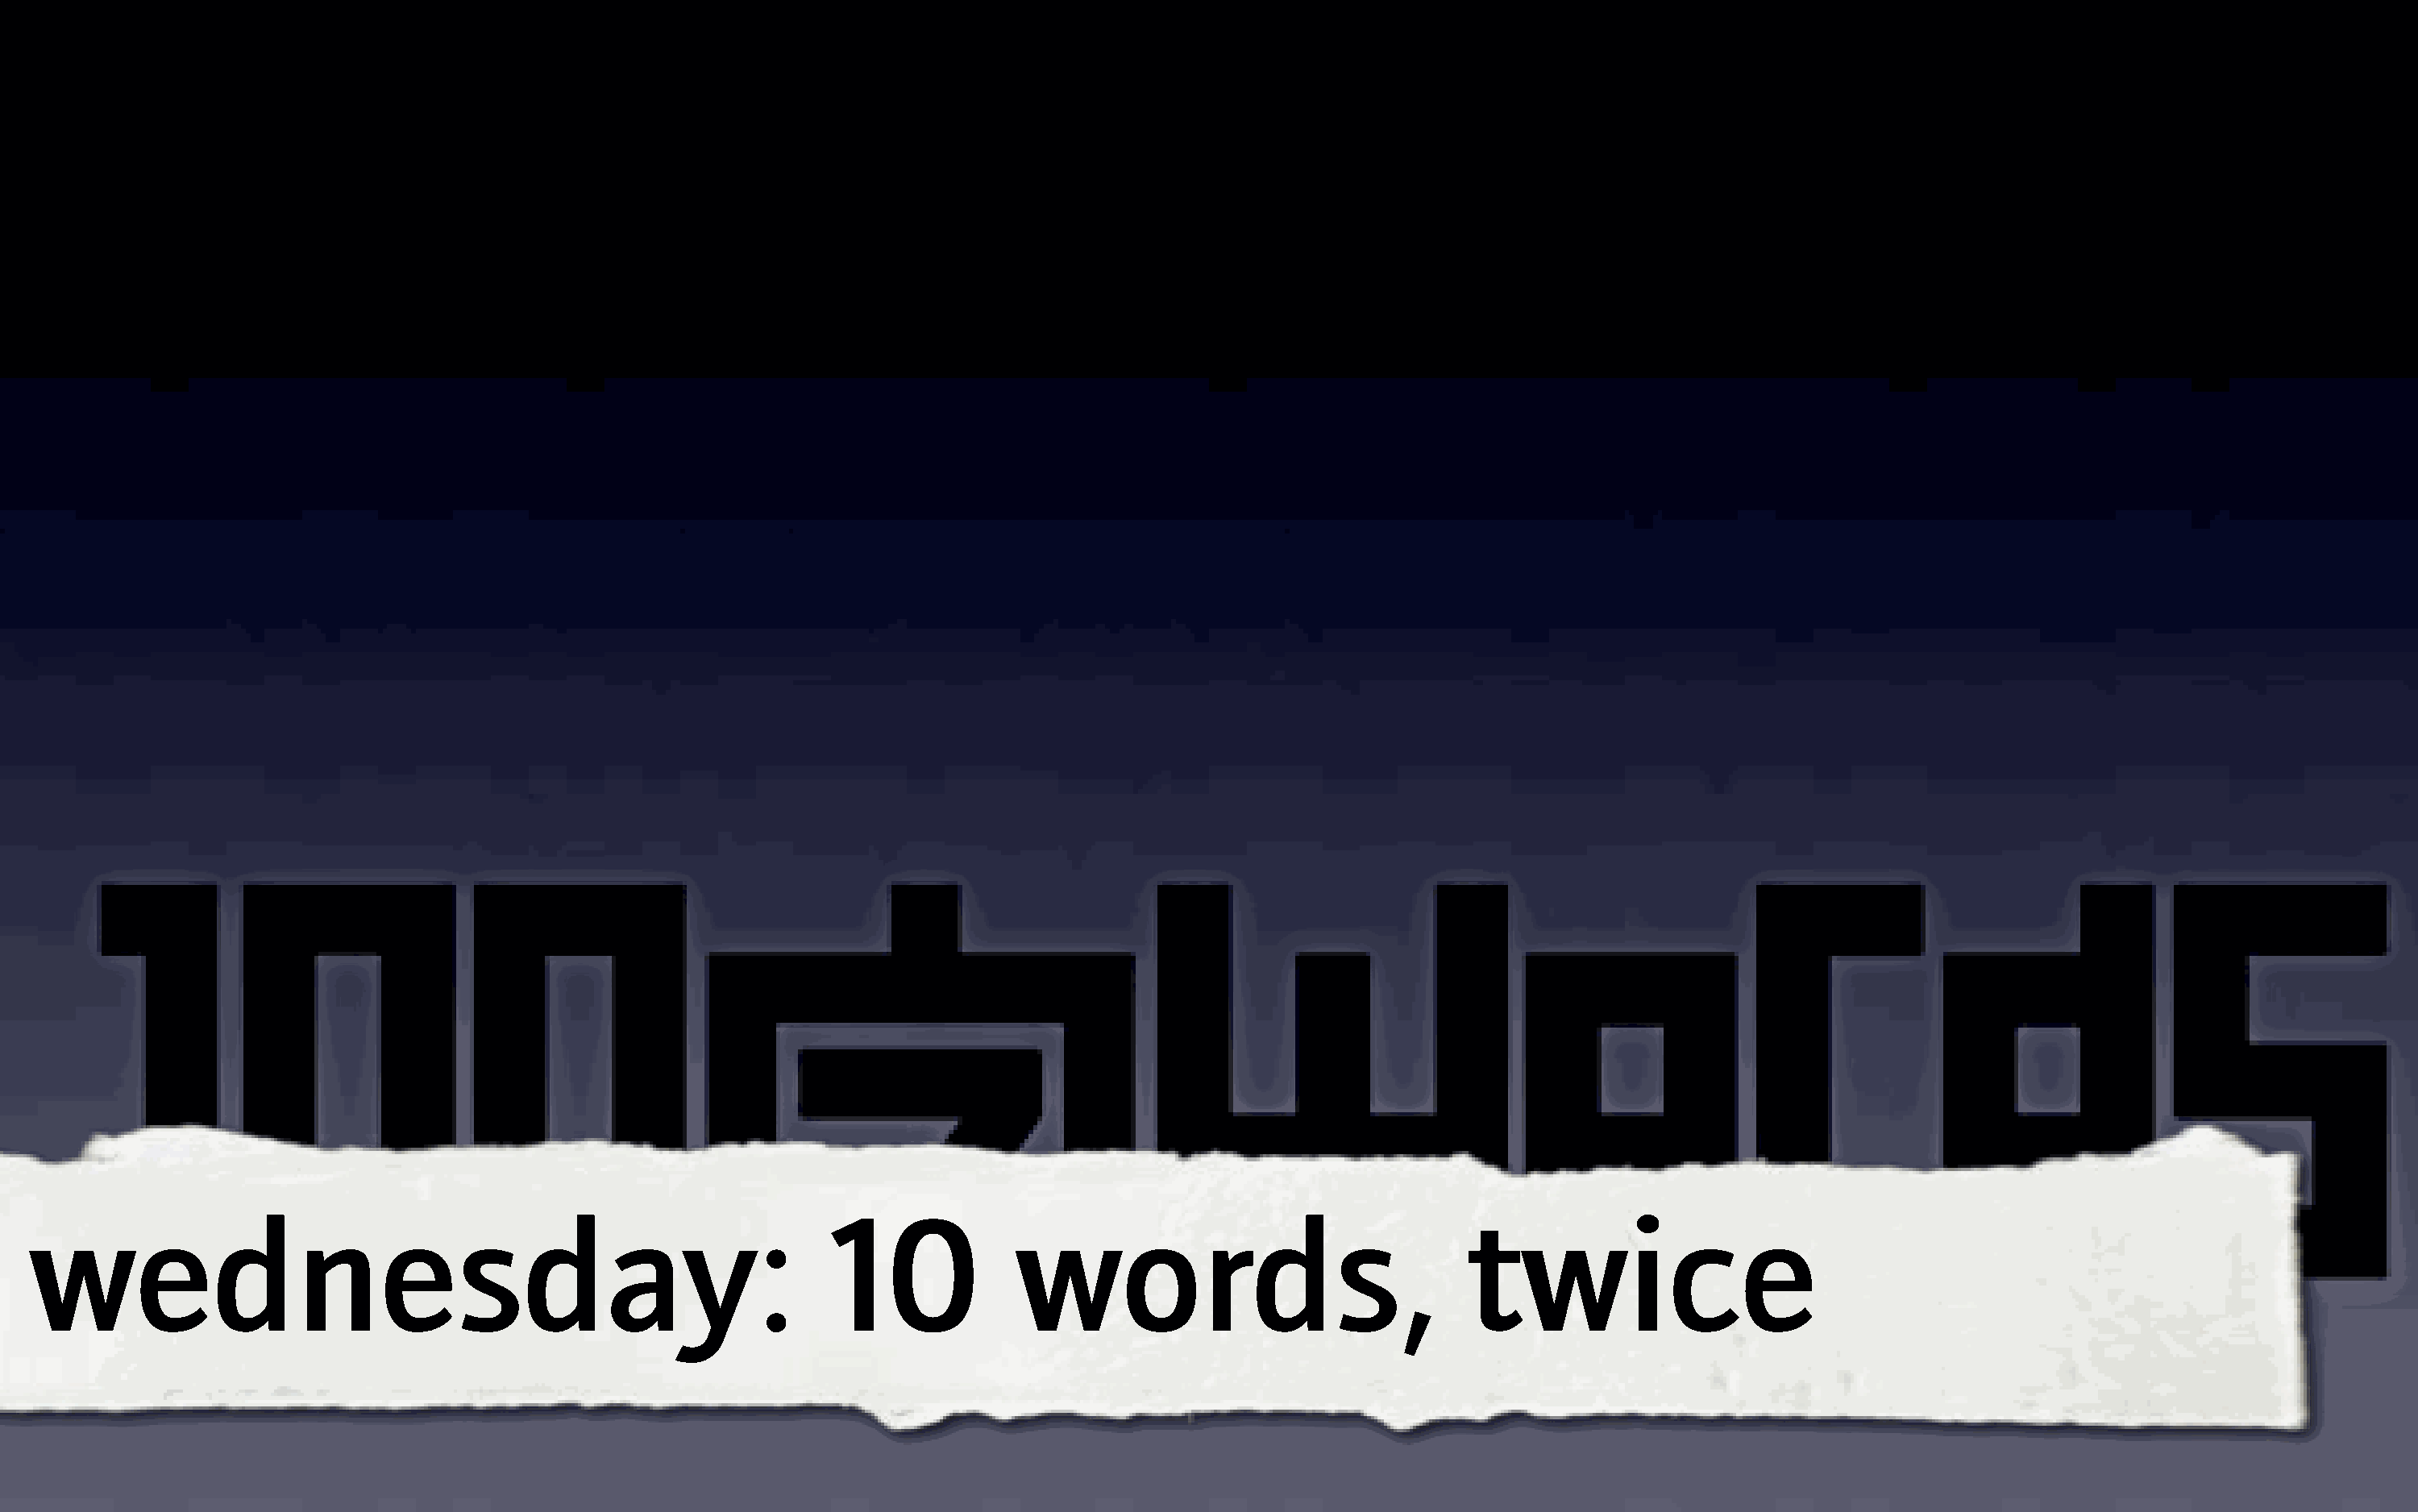
wednesday:                                                        10             words,                                twice